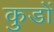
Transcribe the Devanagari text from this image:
कुडों